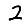
Digit: 2